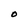
Character: O